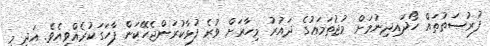
ފުރުޞަތުތައް ހޯދައިދިނުމަށް މުޖުތަމަޢުގެ ދައުރު މިހާރަށް ވުރެ ފުޅާކުރަންޖެހޭކަން ފާހަގަކުރެއްވިއެވެ. އަދި މި